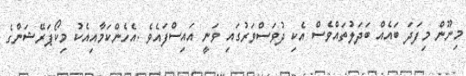
މިނޫން މިފަދަ ބައެއް ބަދަލުތައްވެސް އެކި ދުވަސްވަރުގައި ވަނީ އައިސްފައެވެ .އެހެންކަމާއިއެކު މިކޯޕަރޭޝަންގެ